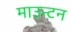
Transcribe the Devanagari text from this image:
माउन्टन